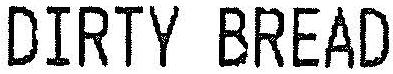
DIRTY BREAD